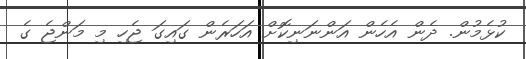
ކުޅެމުން. ދެން އެހެން އަންނަނިކޮށް އަހަރެން ގައިގަ ޖެހި މި މަންޖެ ގެ